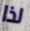
لذا